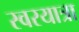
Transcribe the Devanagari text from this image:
स्वरयात्रा